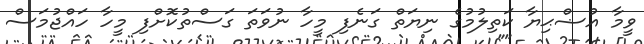
ވީމާ އުޟްޙިޔާ ކަތިލުމުގެ ނިޔަތް ގަނެފި މީހާ ނުވަތަ ގަސްތުކޮށްފި މީހާ ހައްޖުމަސް